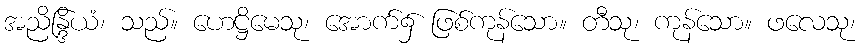
အညိန္ဒြိယံ၊ သည်။ ဟေဋ္ဌိမေသု၊ အောက်၌ ဖြစ်ကုန်သော။ တီသု၊ ကုန်သော။ ဖလေသု၊